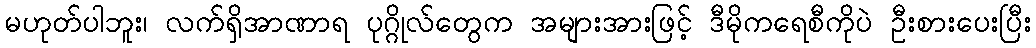
မဟုတ်ပါဘူး၊ လက်ရှိအာဏာရ ပုဂ္ဂိုလ်တွေက အများအားဖြင့် ဒီမိုကရေစီကိုပဲ ဦးစားပေးပြီး